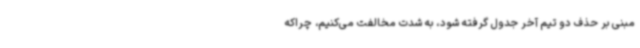
مبنی بر حذف دو تیم آخر جدول گرفته شود، به شدت مخالفت می‌کنیم، چراکه